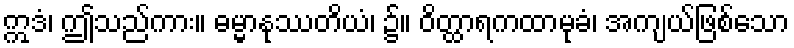
ဣဒံ၊ ဤသည်ကား။ ဓမ္မာနုဿတိယံ၊ ၌။ ဝိတ္ထာရကထာမုခံ၊ အကျယ်ဖြစ်သော